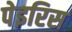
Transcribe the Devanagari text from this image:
पेइरिस